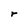
Character: r